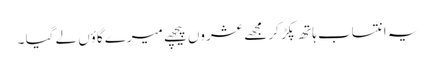
یہ انتساب ہاتھ پکڑ کر مجھے عشروں پیچھے میرے گاؤں لے گیا ۔